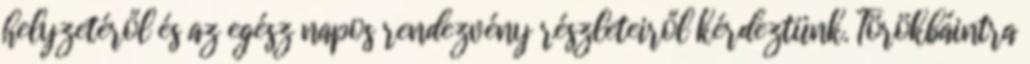
helyzetéről és az egész napos rendezvény részleteiről kérdeztünk. Törökbáintra